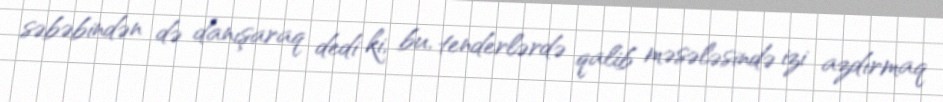
səbəbindən də danışaraq dedi ki, bu, tenderlərdə qalib məsələsində izi azdırmaq